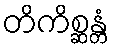
တိကိစ္ဆန္တံ